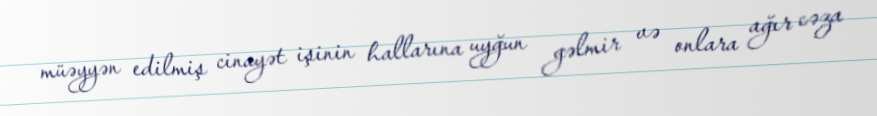
müəyyən edilmiş cinayət işinin hallarına uyğun gəlmir və onlara ağır cəza